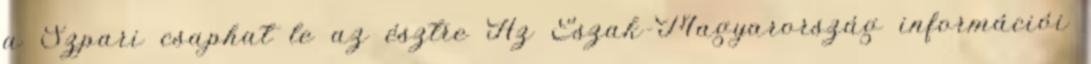
a Szpari csaphat le az észtre Az Észak-Magyarország információi